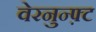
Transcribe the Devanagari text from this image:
वेरनुन्फ़्ट